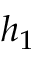
h _ { 1 }